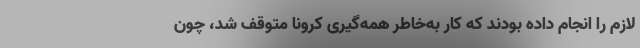
لازم را انجام داده بودند که کار به‌خاطر همه‌گیری کرونا متوقف شد، چون